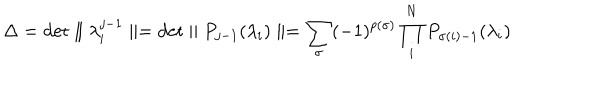
LaTeX: \Delta = \mathrm { d e t } \parallel \lambda _ { i } ^ { j - 1 } \parallel = \mathrm { d e t } \parallel P _ { j - 1 } ( \lambda _ { i } ) \parallel = \sum _ { \sigma } ( - 1 ) ^ { p ( \sigma ) } \prod _ { i } ^ { N } P _ { \sigma ( i ) - 1 } ( \lambda _ { i } )